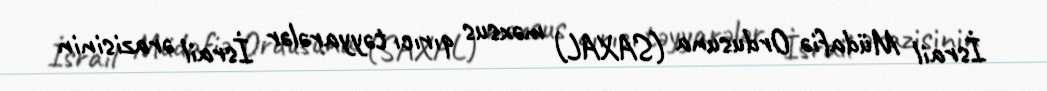
İsrail Müdafiə Ordusuna (SAXAL) məxsus qırıcı təyyarələr İsrail ərazisinin